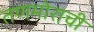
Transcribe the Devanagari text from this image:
तणमोराची